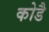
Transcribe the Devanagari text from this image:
कोडै